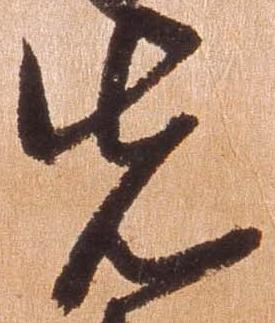
先